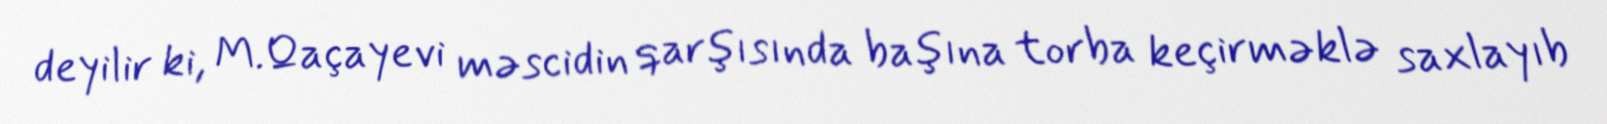
deyilir ki, M.Qaçayevi məscidin qarşısında başına torba keçirməklə saxlayıb